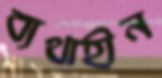
ব্যথাহীন